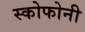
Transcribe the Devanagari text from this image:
स्कोफोनी